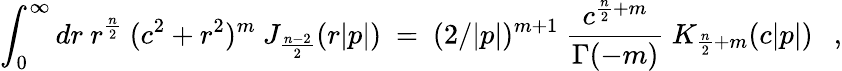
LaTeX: \int_{0}^{\infty}dr~r^{\frac{n}{2}}~(c^{2}+r^{2})^{m}~J_{\frac{n-2}{2}}(r|p|)~=~(2/|p|)^{m+1}~\frac{c^{\frac{n}{2}+m}}{\Gamma(-m)}~K_{\frac{n}{2}+m}(c|p|)~~~,